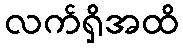
လက်ရှိအထိ